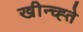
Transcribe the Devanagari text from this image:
खीन्च्ह्ते